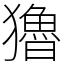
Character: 𤣃